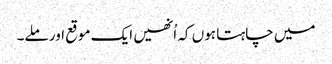
میں چاہتا ہوں کہ اُنھیں ایک موقع اور ملے۔